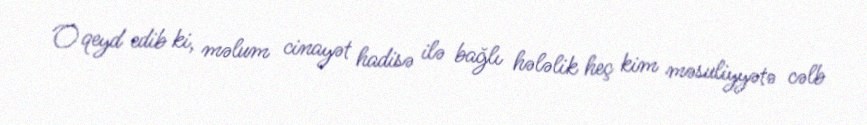
O qeyd edib ki, məlum cinayət hadisə ilə bağlı hələlik heç kim məsuliyyətə cəlb